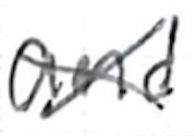
Text: and
Cross-out: cross
Writing tool: ballpoint